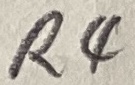
Text: R4